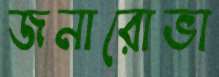
জনারোভা